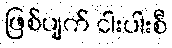
ဖြစ်ပျက် ငါးပါးစီ